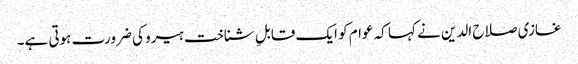
غازی صلاح الدین نے کہا کہ عوام کو ایک قابلِ شناخت ہیرو کی ضرورت ہوتی ہے۔